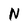
Character: N